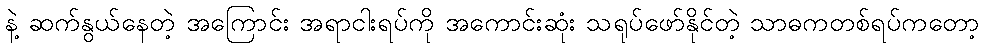
နဲ့ ဆက်နွယ်နေတဲ့ အကြောင်း အရာငါးရပ်ကို အကောင်းဆုံး သရုပ်ဖော်နိုင်တဲ့ သာဓကတစ်ရပ်ကတော့